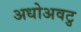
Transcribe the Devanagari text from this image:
अधोअवटु